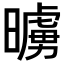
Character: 𭧷